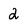
Character: 2